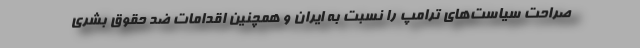
صراحت سیاست‌های ترامپ را نسبت به ایران و همچنین اقدامات ضد حقوق بشری